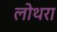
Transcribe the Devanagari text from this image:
लोथरा